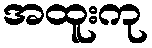
အထူးကု